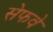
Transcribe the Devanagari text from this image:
सेफवे